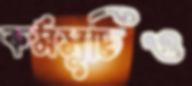
কর্মসূচিও